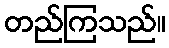
တည်ကြသည်။